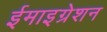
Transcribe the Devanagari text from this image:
ईमाइग्रेशन